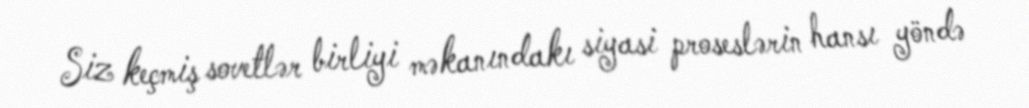
Siz keçmiş sovetlər birliyi məkanındakı siyasi proseslərin hansı yöndə